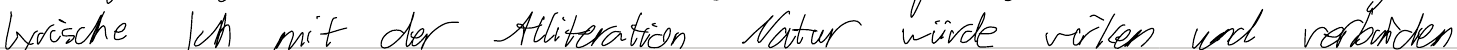
lyrische Ich mit der Alliteration Natur würde wirken und verbinden